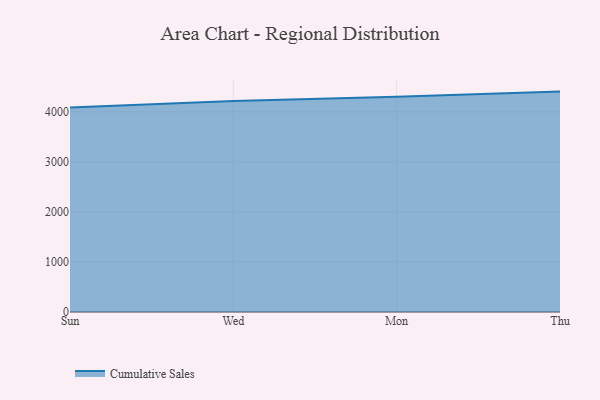
{"axis": {"x": "Day", "y": "Temperature (°C)"}, "legend": ["Cumulative Sales"], "data": [{"x": "Sun", "y": 4089.4, "type": "Cumulative Sales"}, {"x": "Wed", "y": 4216.5, "type": "Cumulative Sales"}, {"x": "Mon", "y": 4303.3, "type": "Cumulative Sales"}, {"x": "Thu", "y": 4405.3, "type": "Cumulative Sales"}]}